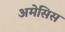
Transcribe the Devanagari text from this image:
अमेसिस